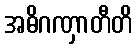
အဓိဂဏှာတီတိ